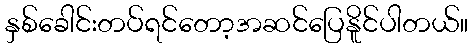
နှစ်ခေါင်းတပ်ရင်တော့အဆင်ပြေနိူင်ပါတယ်။